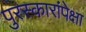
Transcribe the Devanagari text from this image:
पुरस्कारांपेक्षा